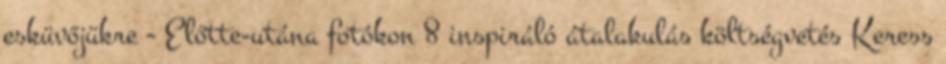
esküvőjükre - Előtte-utána fotókon 8 inspiráló átalakulás költségvetés Keress